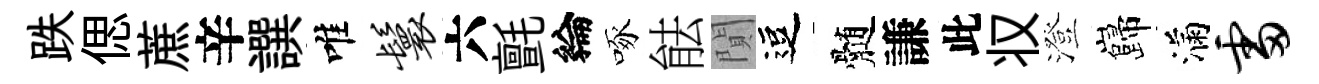
跌偲蔗辛譔唯鬟六氈綸啄䏻閴逗髄謙此𠬧澄巋滿雷